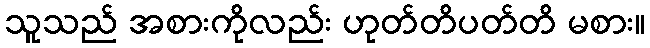
သူသည် အစားကိုလည်း ဟုတ်တိပတ်တိ မစား။